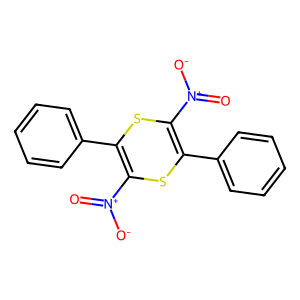
SMILES: O=[N+]([O-])C1=C(c2ccccc2)SC([N+](=O)[O-])=C(c2ccccc2)S1
Inhibits HIV replication: No